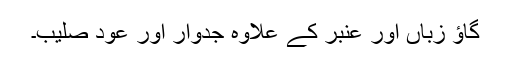
گاؤ زباں اور عنبر کے علاوہ جدوار اور عود صلیب۔